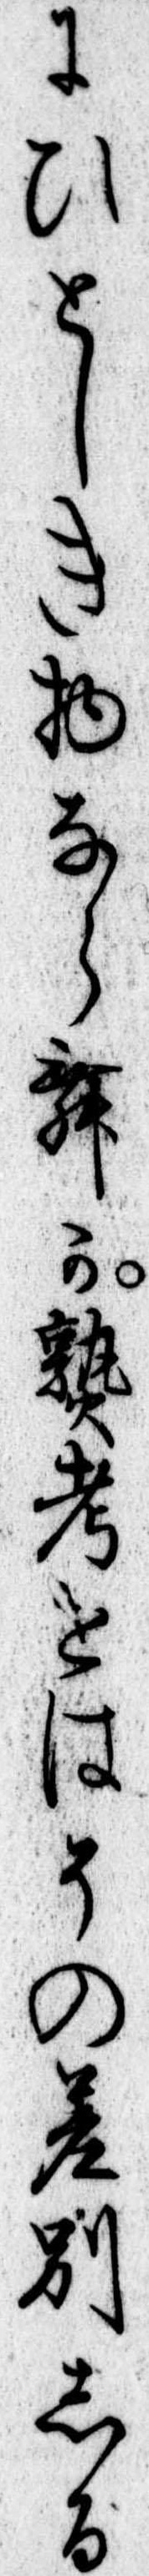
にひとしき物ならむか熟考せはその差別しる